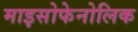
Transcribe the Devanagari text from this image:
माइसोफेनोलिक